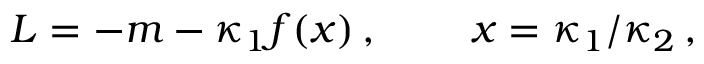
L = - m - \kappa _ { 1 } f ( x ) \, , \; \; \; \; \; \; \; \; x = \kappa _ { 1 } / \kappa _ { 2 } \, ,